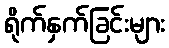
ရိုက်နှက်ခြင်းများ